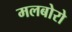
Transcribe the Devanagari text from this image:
मलबोरो